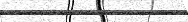
١٦